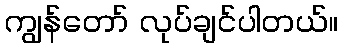
ကျွန်တော် လုပ်ချင်ပါတယ်။